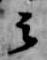
云